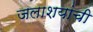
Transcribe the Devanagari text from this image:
जलाशयांची